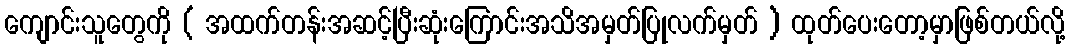
ကျောင်းသူတွေကို ( အထက်တန်းအဆင့်ပြီးဆုံးကြောင်းအသိအမှတ်ပြုလက်မှတ် ) ထုတ်ပေးတော့မှာဖြစ်တယ်လို့